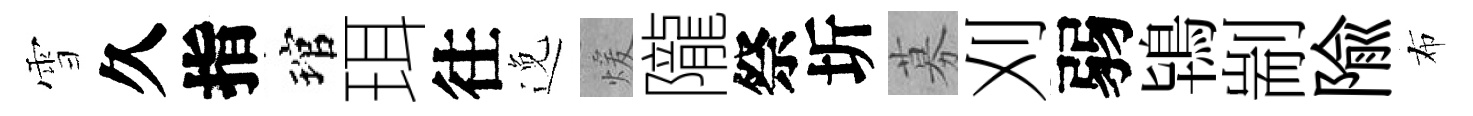
雪久指琯珥往𨓜煖隴祭圻募刈弱鴇剬隃布